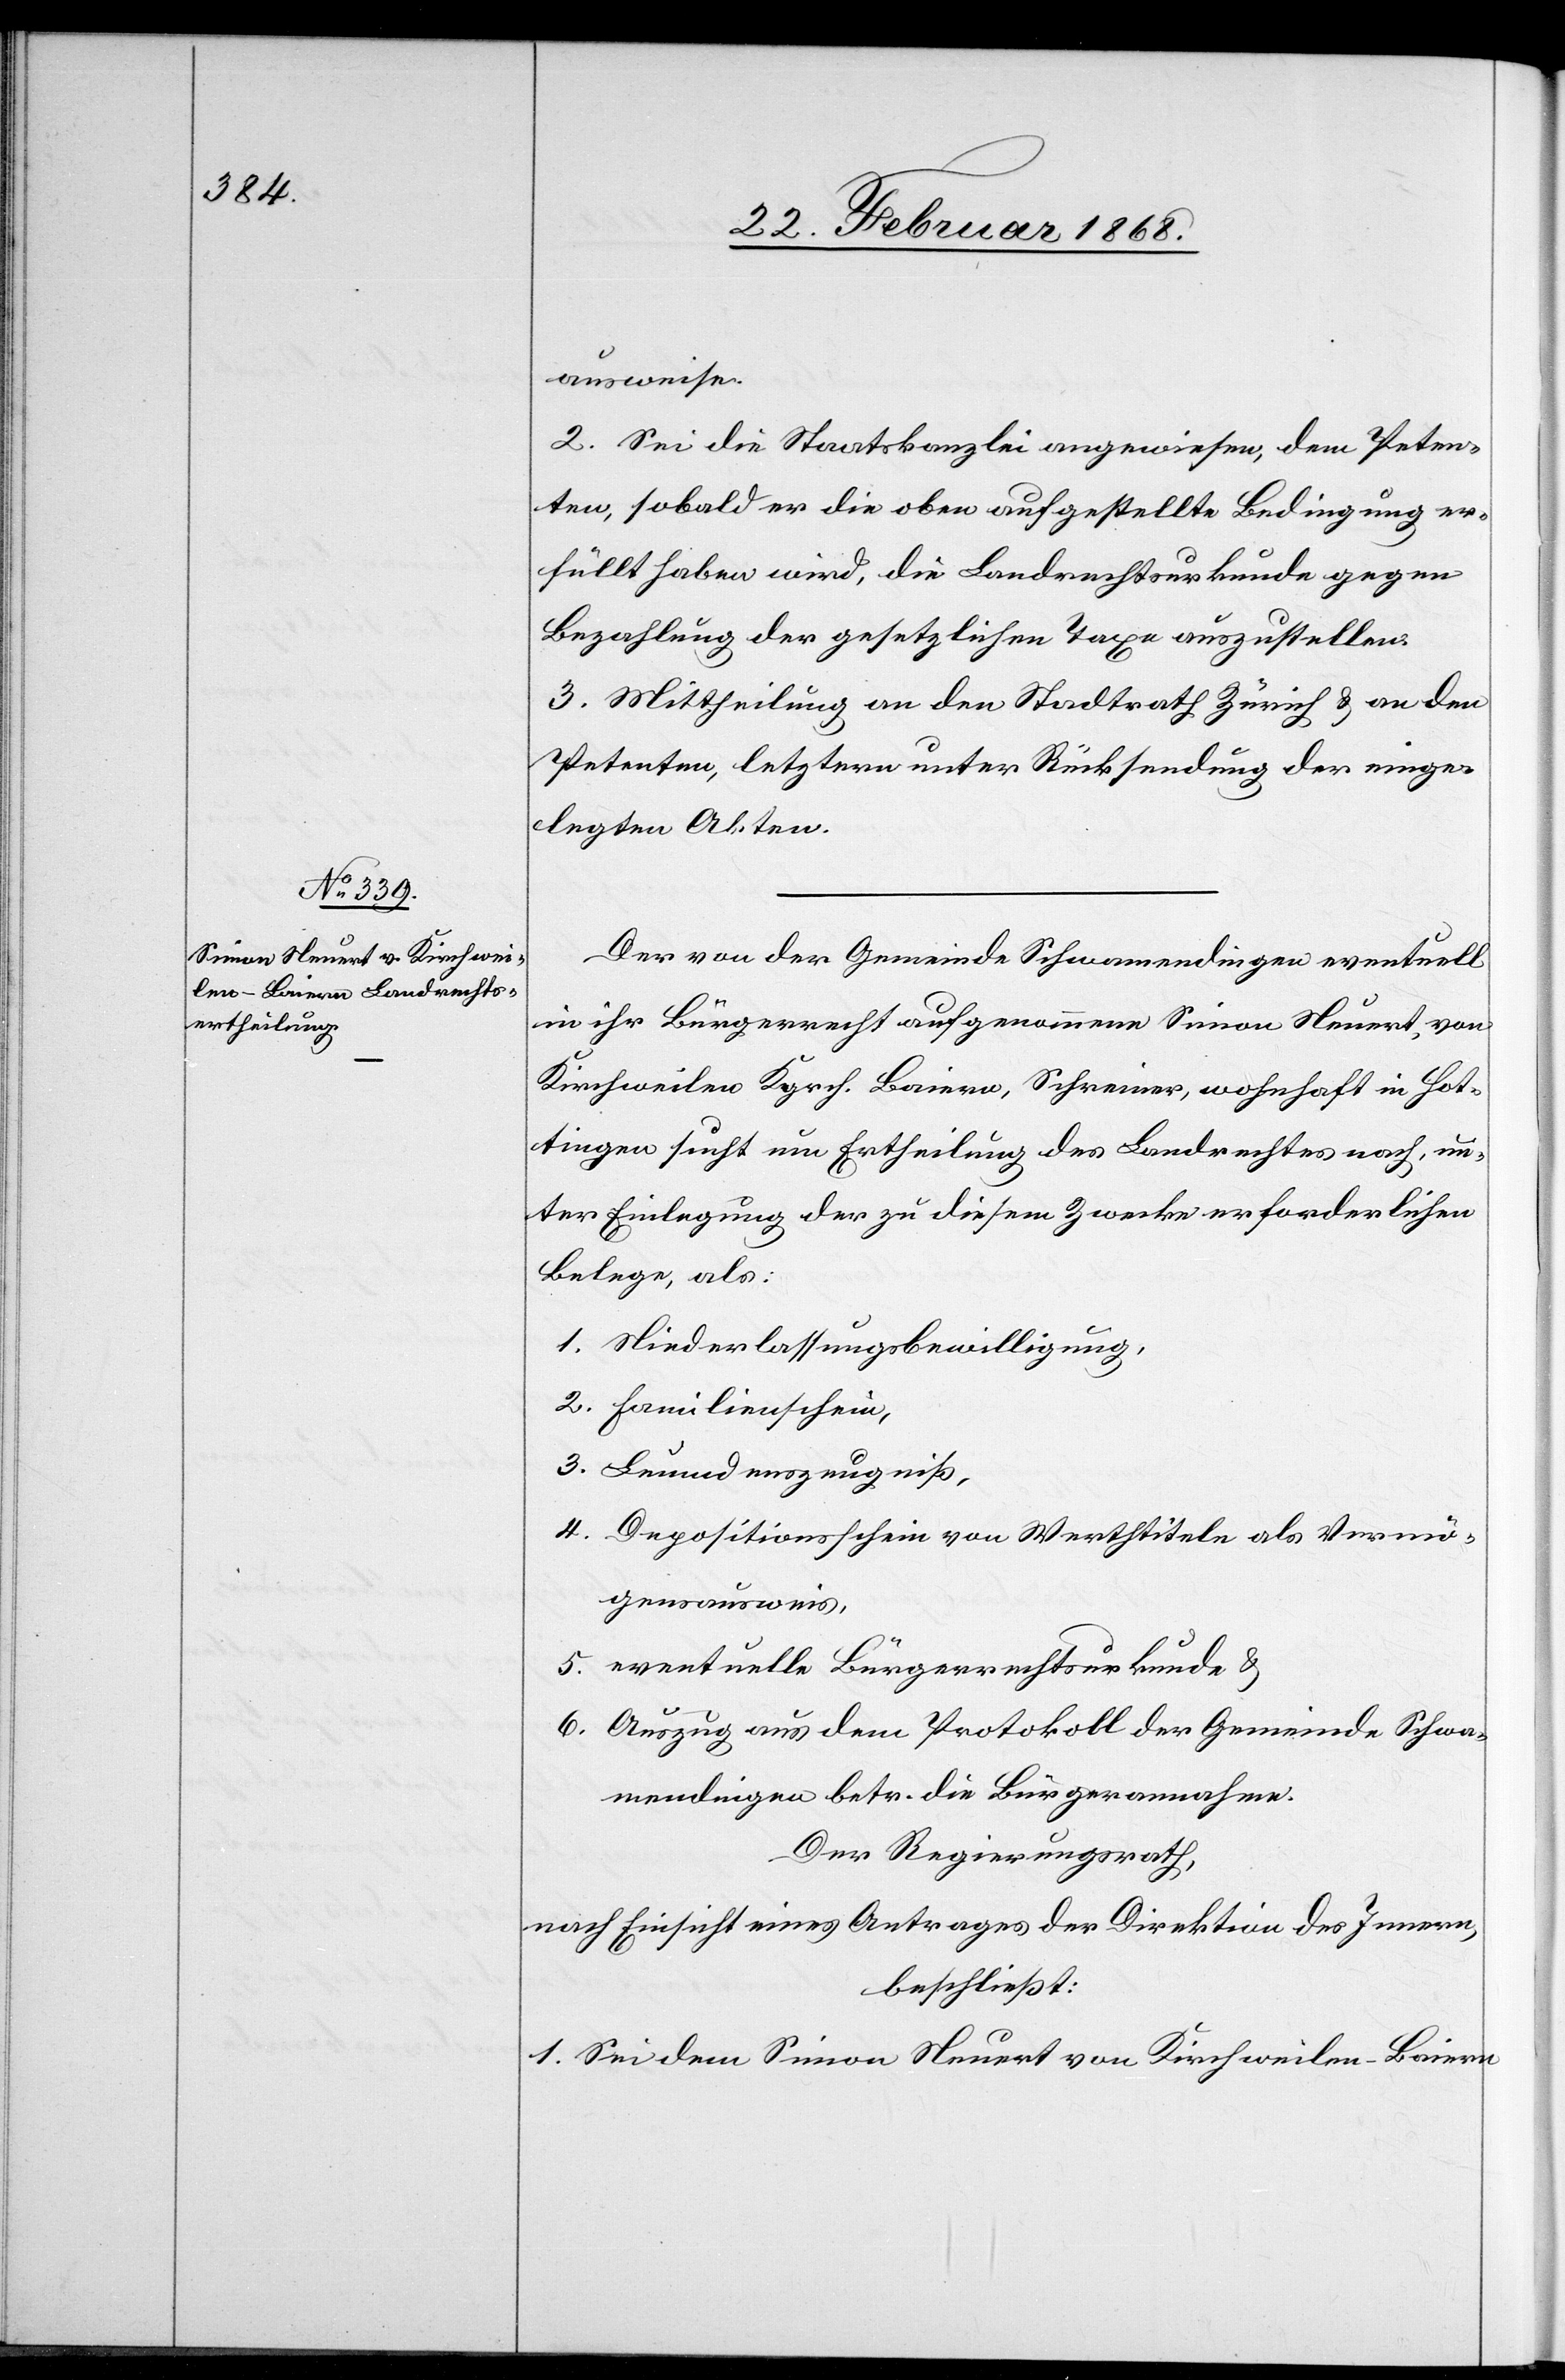
ausweise.
2. Sei die Staatskanzlei angewiesen, dem Peten¬
ten, sobald er die oben aufgestellte Bedingung er¬
füllt haben wird, die Landrechtsurkunde gegen
Bezahlung der gesetzlichen Taxe auszustellen.
3. Mittheilung an den Stadtrath Zürich & an den
Petenten, letztern unter Rücksendung der einge¬
legten Akten.
Der von der Gemeinde Schwamendingen eventuell
in ihr Bürgerrecht aufgenommene Simon Neuert, von
Kirchweilen Kgrch. Baiern, Schreiner, wohnhaft in Hot¬
tingen sucht um Ertheilung des Landrechtes nach, un¬
ter Einlegung der zu diesem Zwecke erforderlichen
Belege, als:
1. Niederlassungsbewilligung,
2. Familienschein,
3. Leumdenszeugniß,
4. Depositionsschein von Werthtiteln als Vermö¬
gensausweis,
5. eventuelle Bürgerrechtsurkunde &
6. Auszug aus dem Protokoll der Gemeinde Schwa¬
mendingen betr. die Bürgerannahme.
Der Regierungsrath,
nach Einsicht eines Antrages der Direktion des Innern,
beschließt:
1. Sei dem Simon Neuert von Kirchweilen-Baiern